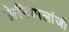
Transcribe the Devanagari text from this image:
क्रेनियालांजी